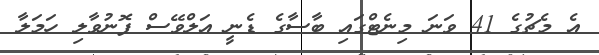
އެ މެޗުގެ 41 ވަނަ މިނެޓްގައި ބާސާގެ ޑެނީ އަލްވޭސް ފޮނުވާލި ހަމަލާ